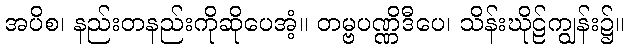
အပိစ၊ နည်းတနည်းကိုဆိုပေအံ့။ တမ္ဗပဏ္ဏိဒီပေ၊ သိန်းဃိုဠ်ကျွန်း၌။